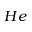
H e